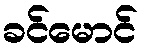
ခင်မောင်